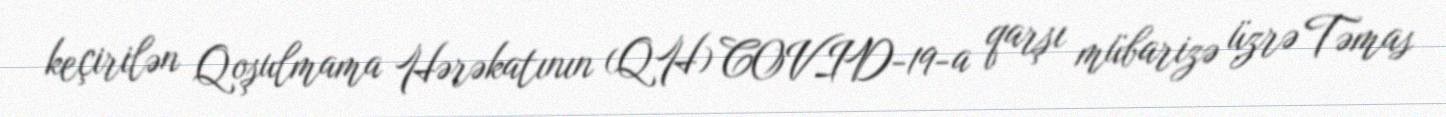
keçirilən Qoşulmama Hərəkatının (QH) COVID-19-a qarşı mübarizə üzrə Təmas